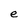
Character: e